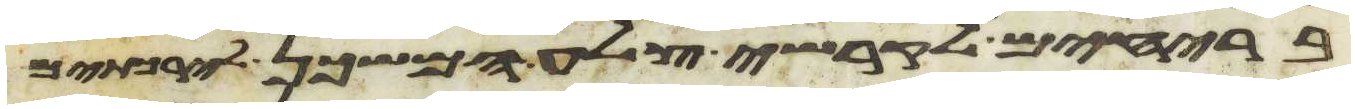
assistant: בריחים לקרשי צלע המשכן לירכתים